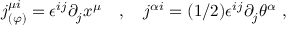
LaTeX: j _ { ( \varphi ) } ^ { \mu i } = \epsilon ^ { i j } \partial _ { j } x ^ { \mu } \quad , \quad j ^ { \alpha i } = ( 1 / 2 ) \epsilon ^ { i j } \partial _ { j } \theta ^ { \alpha } \ ,